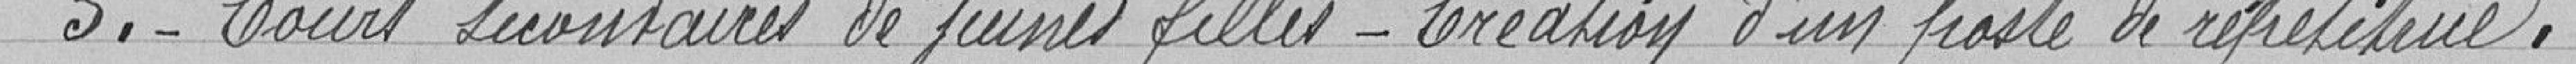
5.- Cours secondaires de jeunes filles - Création d'un poste de répétiteur.